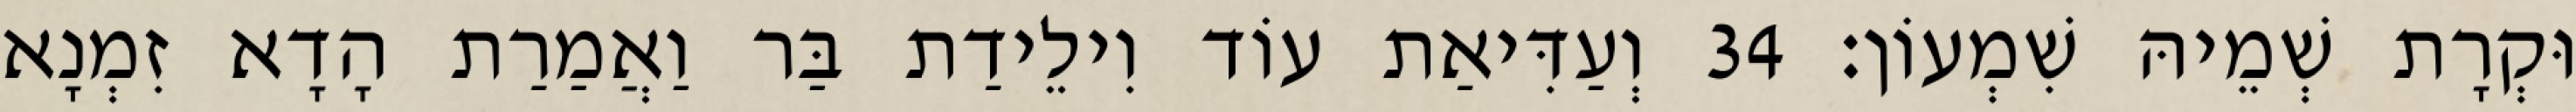
וּקְרָת שְׁמֵיהּ שִׁמְעוֹן׃ 34 וְעַדִּיאַת עוֹד וִילֵידַת בַּר וַאֲמַרַת הָדָא זִמְנָא